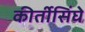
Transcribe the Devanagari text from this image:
कीर्तीसिंघे